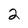
Character: 2